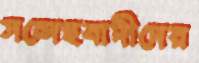
সন্দেহবাদীদের